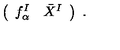
\left( \begin{array} { c c } { f _ { \alpha } ^ { I } } & { \bar { X } ^ { I } } \\ \end{array} \right) \ .